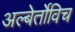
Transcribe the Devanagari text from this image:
अल्बेर्तोविच